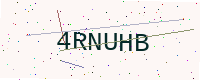
Text: 4RNUHB